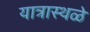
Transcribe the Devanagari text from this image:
यात्रास्थळे